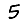
Digit: 5